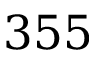
3 5 5